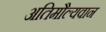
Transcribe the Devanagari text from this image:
अतिमौल्यवान